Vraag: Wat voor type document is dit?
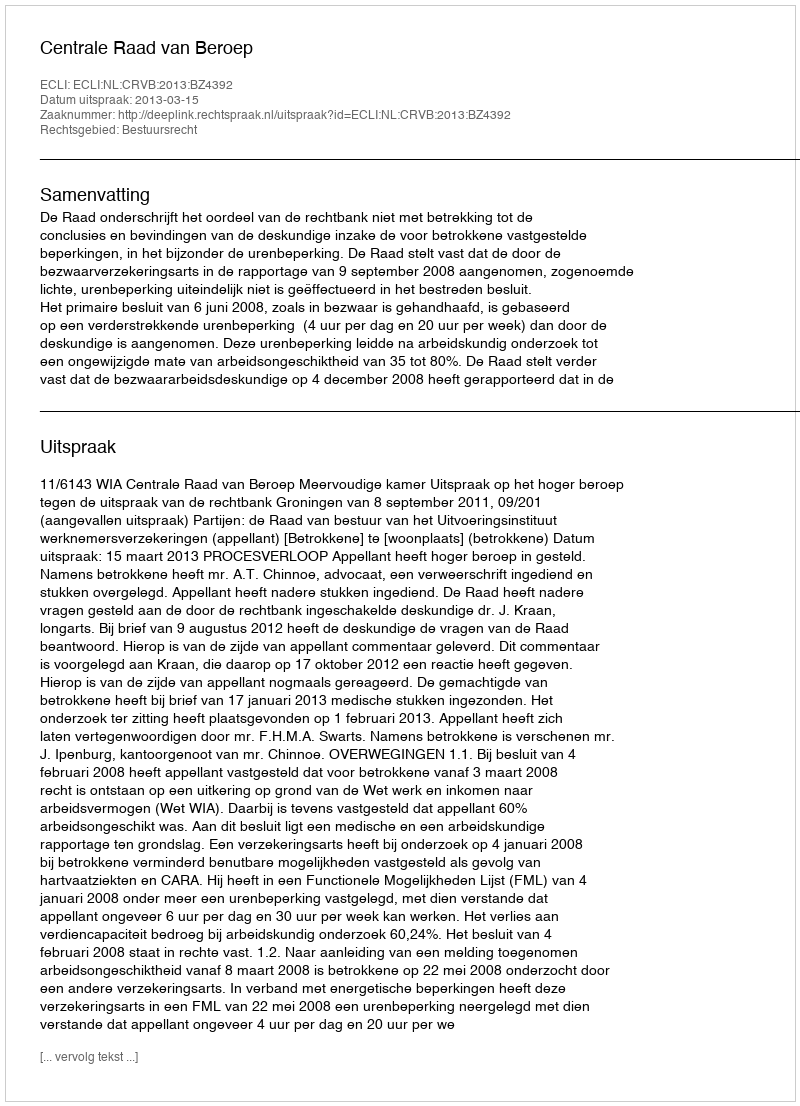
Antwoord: Uitspraak